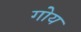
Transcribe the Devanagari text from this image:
गोय